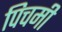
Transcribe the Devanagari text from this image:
पिचमी